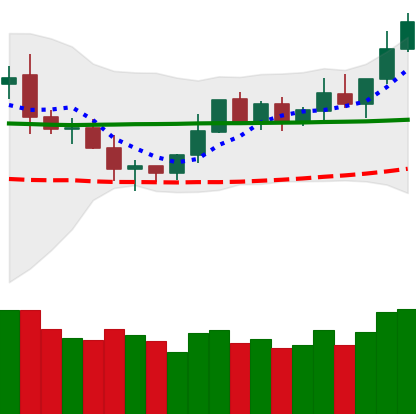
Ticker: DOGE-USD
Chart end date: 2020-02-06
Forward return: 14.625%
Label: up_7plus